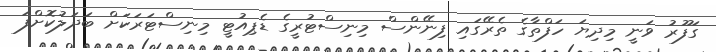
ގަފޫރު ވަނީ މިދިޔަ ހަފްތާގެ ތެރޭގައި ފިނޭންސް މިނިސްޓުރީގެ ޑެޕިއުޓީ މިނިސްޓަރަކަށް ބަދަލުކޮށްފަ